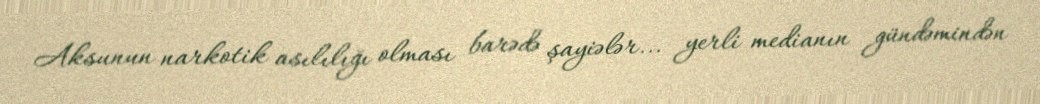
Aksunun narkotik asılılığı olması barədə şayiələr... yerli medianın gündəmindən